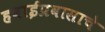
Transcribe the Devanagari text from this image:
हवाईप्रवासाचे